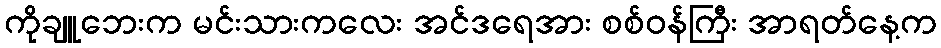
ကိုချူဘေးက မင်းသားကလေး အင်ဒရေအား စစ်ဝန်ကြီး အာရတ်နေ့က